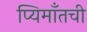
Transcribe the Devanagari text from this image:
प्यिमाँतची